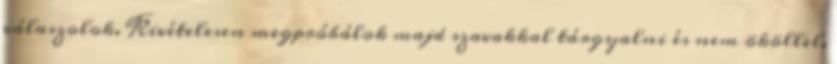
válaszolok. Kivételesen megpróbálok majd szavakkal tárgyalni és nem ököllel.